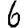
Digit: 6